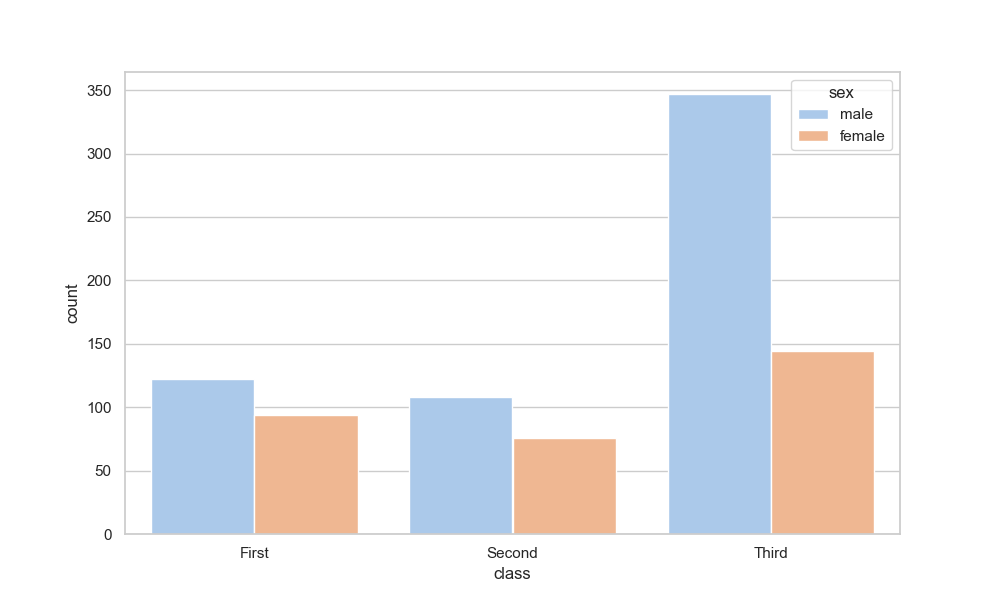
python, seaborn, countplot, x='class', palette='pastel', hue='sex'